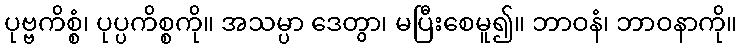
ပုဗ္ဗကိစ္စံ၊ ပုပ္ပကိစ္စကို။ အသမ္ပာ ဒေတွာ၊ မပြီးစေမူ၍။ ဘာဝနံ၊ ဘာဝနာကို။